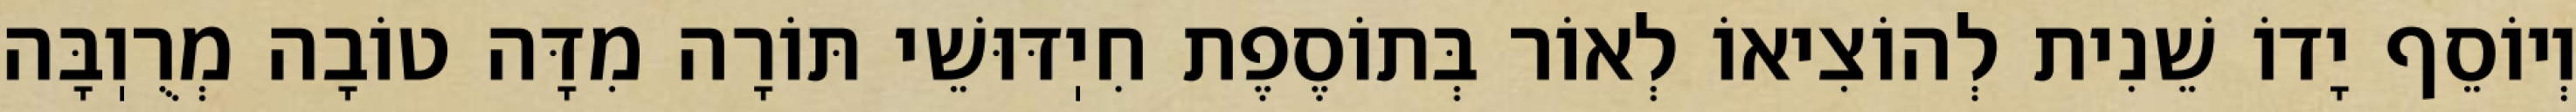
וְיוֹסֵף יָדוֹ שֵׁנִית לְהוֹצִיאוֹ לְאוֹר בְּתוֹסֶפֶת חִיֽדּוּשֵׁי תּוֹרָה מִדָּה טוֹבָה מְרֻוֽבָּה